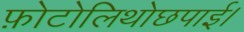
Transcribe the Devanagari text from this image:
फ़ोटोलिथोछपाई।